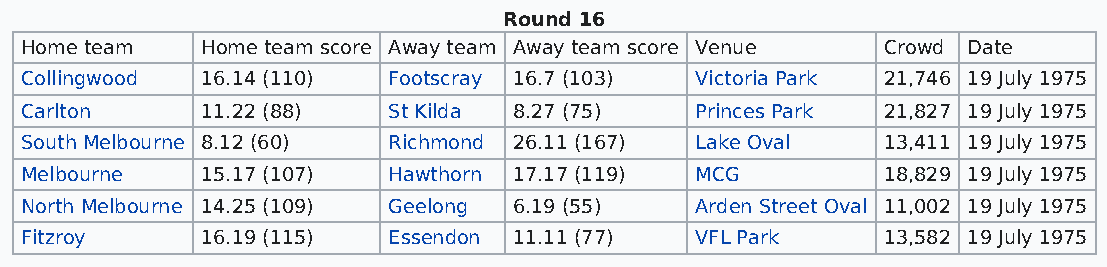
Round 16
 Home team   Home team score Away team Away team score Venue Crowd Date
 Collingwood 16.14 (110)  Footscray 16.7 (103) Victoria Park 21,746 19 July 1975
 Carlton     11.22 (88)   St Kilda 8.27 (75)  Princes Park 21,827 19 July 1975
 South Melbourne 8.12 (60) Richmond 26.11 (167) Lake Oval 13,411 19 July 1975
 Melbourne   15.17 (107)  Hawthorn 17.17 (119) MCG        18,829 19 July 1975
 North Melbourne 14.25 (109) Geelong 6.19 (55) Arden Street Oval 11,002 19 July 1975
 Fitzroy     16.19 (115)  Essendon 11.11 (77) VFL Park    13,582 19 July 1975